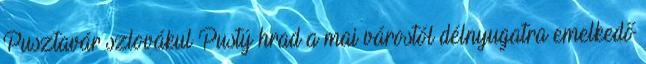
Pusztavár szlovákul Pustý hrad a mai várostól délnyugatra emelkedő